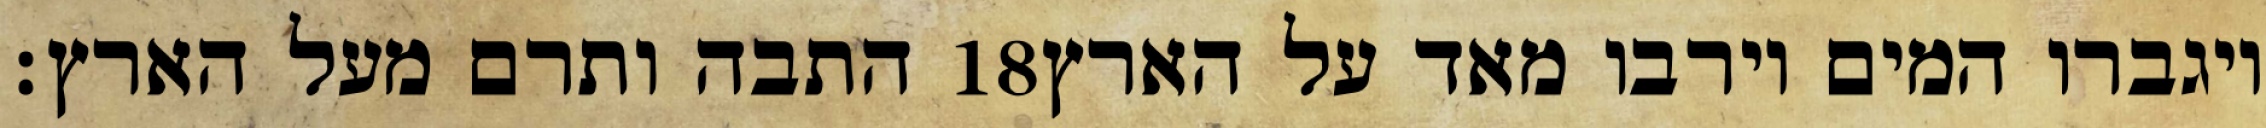
התבה ותרם מעל הארץ׃ ‎18‏ ויגברו המים וירבו מאד על הארץ